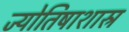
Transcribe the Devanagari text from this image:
ज्योतिषाशास्र